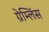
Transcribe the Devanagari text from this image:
ग्रेम्लिंस